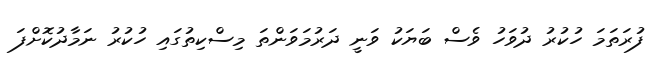
ފުރަތަމަ ހުކުރު ދުވަހު ވެސް ބަޔަކު ވަނީ ދަރުމަވަންތަ މިސްކިތުގައި ހުކުރު ނަމާދުކޮށްފަ